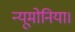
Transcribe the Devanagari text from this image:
न्यूमोनिया।